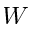
W